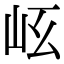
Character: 𡵮